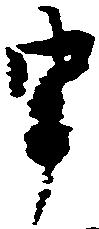
申